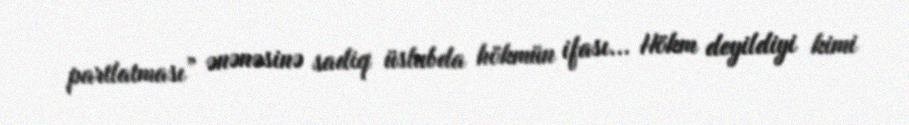
partlatması” ənənəsinə sadiq üslubda hökmün ifası... Hökm deyildiyi kimi